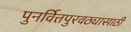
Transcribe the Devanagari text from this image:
पुनर्वित्तपुरवठ्यासाठी